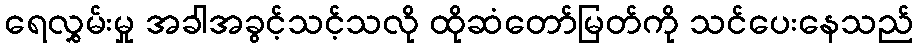
ရေလွှမ်းမှု အခါအခွင့်သင့်သလို ထိုဆံတော်မြတ်ကို သင်ပေးနေသည်